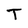
Character: T